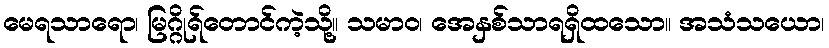
မေရသာရော၊ မြဂ္ဂိုရ်တောင်ကဲ့သို့။ သမာဝ၊ အေနှစ်သာရရှိထသော။ အသံသယော၊